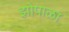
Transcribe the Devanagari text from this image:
झोपाळा